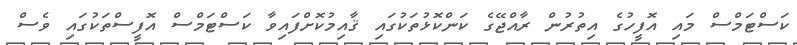
ކަސްޓަމްސް މައި އޮފީހުގެ އިތުރުން ރާއްޖޭގެ ކަންކޮޅުތަކުގައި ޤާއިމުކޮށްފައިވާ ކަސްޓަމްސް އޮފީސްތަކުގައި ވެސް